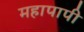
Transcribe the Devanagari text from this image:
महापापी